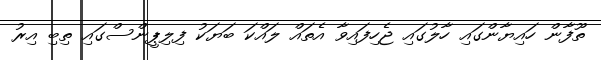
ތޫފާން ހައިޔާންގައި ހާލުގައި ޖެހިފައިވާ އެތައް ލައްކަ ބަޔަކު ފިލިޕީންސްގައި ތިބި އިރު